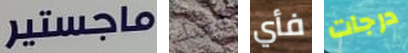
ماجستير أبعدك فأي درجات